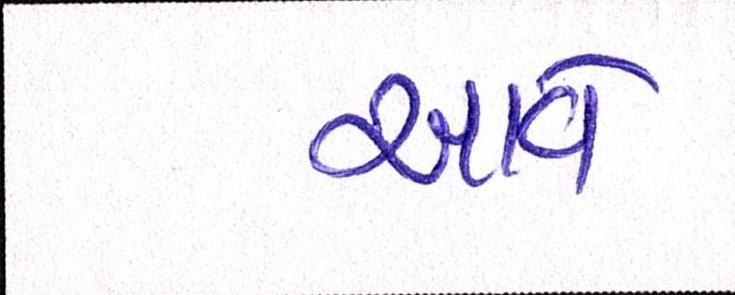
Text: આવે